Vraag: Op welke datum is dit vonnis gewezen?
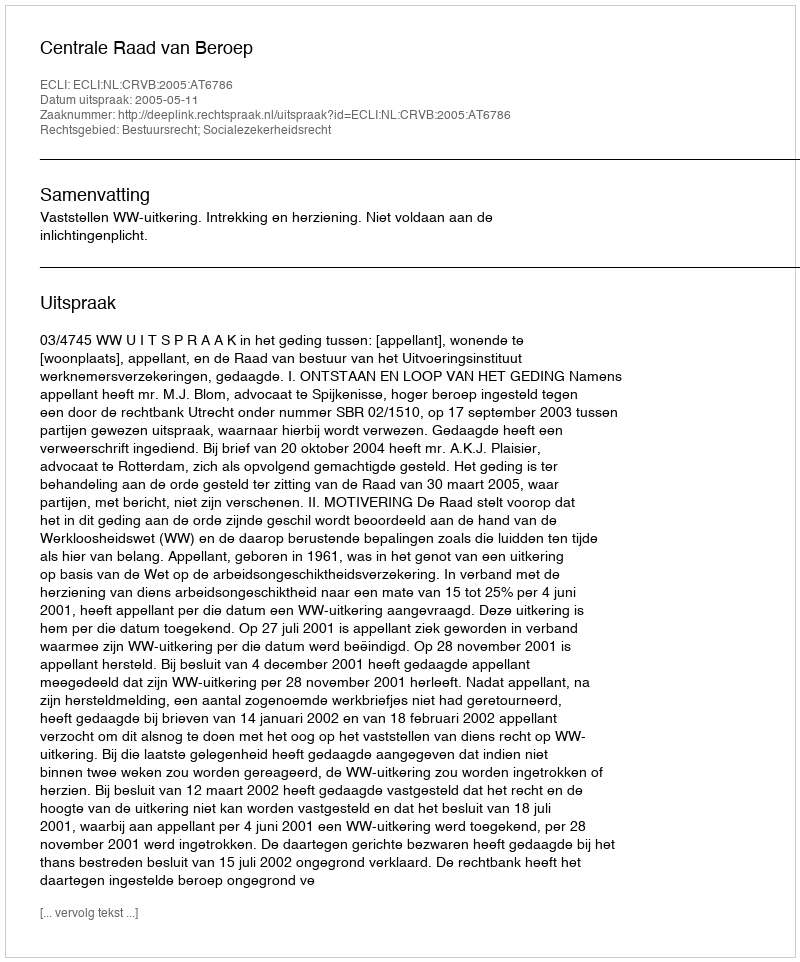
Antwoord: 2005-05-11